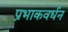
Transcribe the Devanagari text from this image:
प्रभाकवर्धन